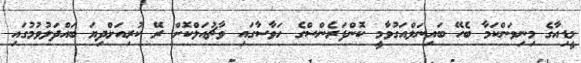
މީޑިއާގެ މިނިވަންކަމާ ބެހޭ ބައިނަލްއަގުވާމީ ކޮންފަރެންސްގެ ހަވާސާގައި ވާޗުއަލްކޮށް ރޭ ކުރިއަށްދިޔަ ބައްދަލުވުމުގައި